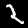
Digit: 2